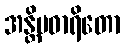
အန္တိမဓာရိတော